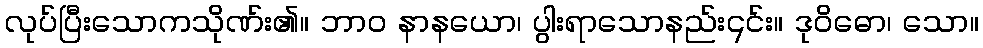
လုပ်ပြီးသောကသိုဏ်း၏။ ဘာဝ နာနယော၊ ပွါးရာသောနည်း၎င်း။ ဒုဝိဓော၊ သော။